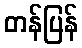
တန်ပြန်